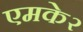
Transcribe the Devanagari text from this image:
एमके२